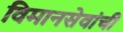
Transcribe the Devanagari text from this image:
विमानसेवांची